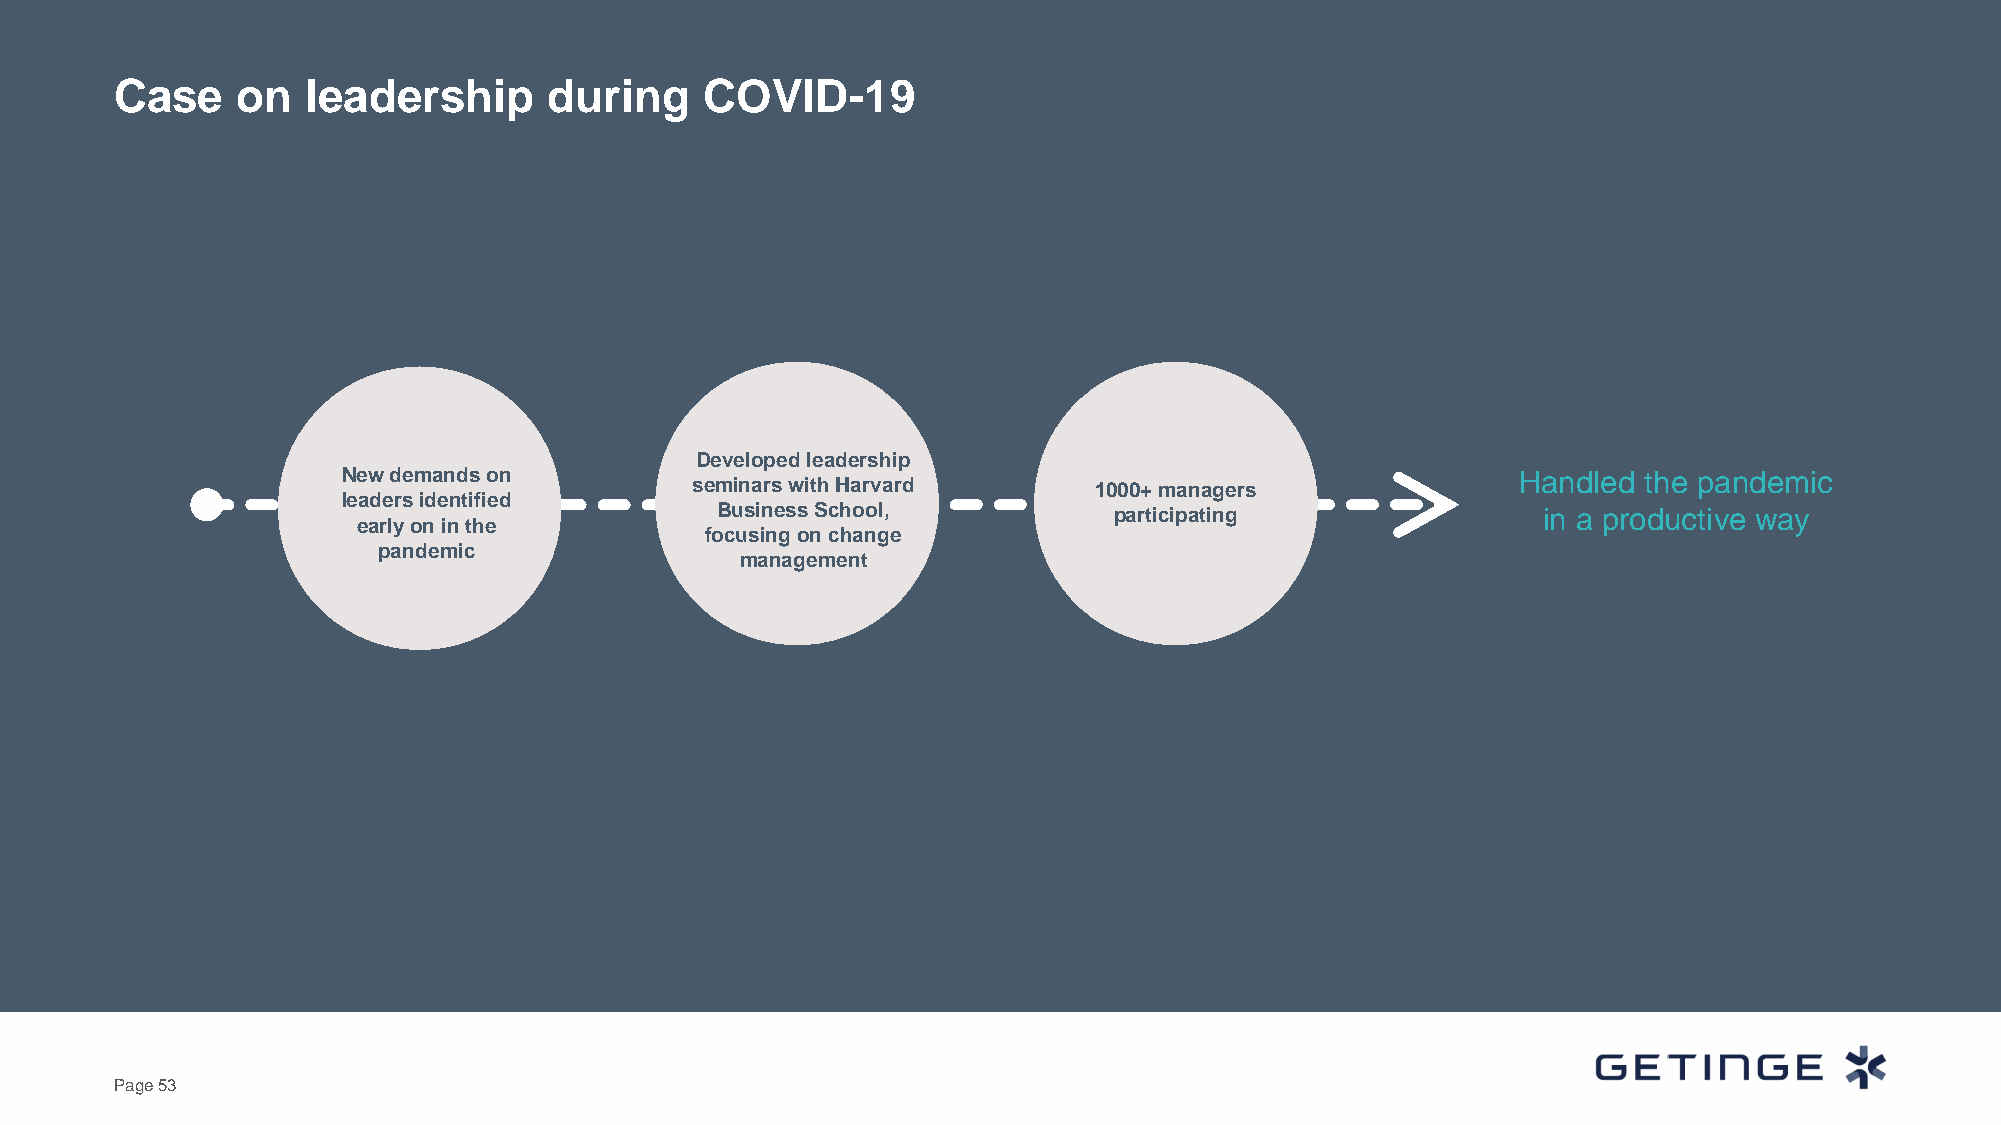
Case    on  leadership      during     COVID-19
 Developed leadership
 New demands on                                                                Handled the pandemic
 seminars with Harvard     1000+ managers
 leaders identified
 Business School,           participating               in a productive way
 early on in the
 focusing on change
 pandemic
 management
 Page 53